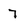
Character: 7